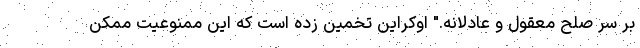
بر سر صلح معقول و عادلانه." اوکراین تخمین زده است که این ممنوعیت ممکن